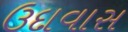
ઉદાવાસ